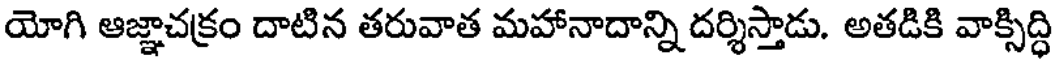
యోగి ఆజ్ఞాచక్రం దాటిన తరువాత మహానాదాన్ని దర్శిస్తాడు. అతడికి వాక్సిద్ధి